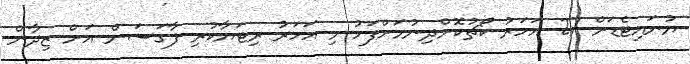
ޔުނައިޓެޑަށް 27 އަހަރު ކޯޗުކޮށްދިނުމަށްފަހު މި އަހަރު ރިޓަޔާކުރި ފާގަސަން އަށް ޒިދާން